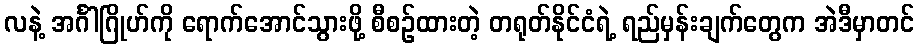
လနဲ့ အင်္ဂါဂြိုဟ်ကို ရောက်အောင်သွားဖို့ စီစဉ်ထားတဲ့ တရုတ်နိုင်ငံရဲ့ ရည်မှန်းချက်တွေက အဲဒီမှာတင်